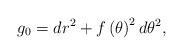
LaTeX: \begin{align*}g_0=dr^2+f\left(\theta\right)^2d\theta^2,\end{align*}